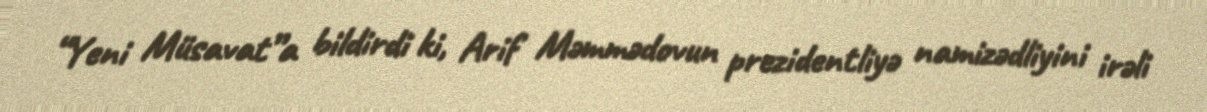
“Yeni Müsavat”a bildirdi ki, Arif Məmmədovun prezidentliyə namizədliyini irəli